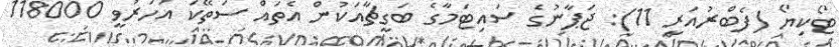
ޓޯކިޔޯ (ފެބްރުއަރީ 11): ޖަޕާނުގެ ސައިޓަމާގެ ބަގީޗާއަކުން އެތައް ސަތޭކަ އަހަރުވީ 118000